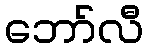
ဘော်လီ